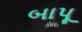
બાપૂ